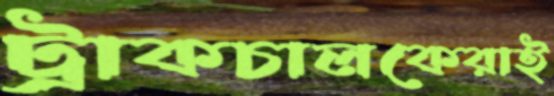
ট্রাকচালকেরাই